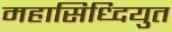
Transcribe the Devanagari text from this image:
महासिध्दियुत